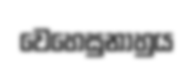
වෙහෙසුනාහුය